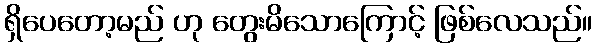
ရှိပေတော့မည် ဟု တွေးမိသောကြောင့် ဖြစ်လေသည်။